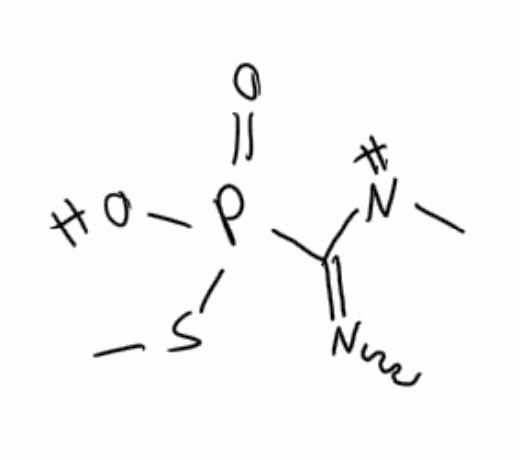
Simplified molecular-input line-entry system (SMILES) notation of the given molecule:
CNC(=NC)P(=O)(O)SC